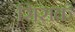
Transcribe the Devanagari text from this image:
सिसक